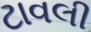
ટાવલી